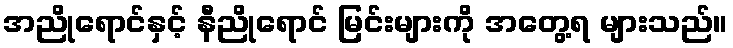
အညိုရောင်နှင့် နီညိုရောင် မြင်းများကို အတွေ့ရ များသည်။